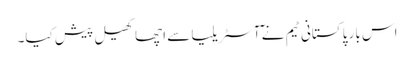
اس بار پاکستانی ٹیم نے ٓآسٹریلیا سے اچھا کھیل پیش کیا۔